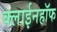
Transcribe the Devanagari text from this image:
क्लाईनहॉफ